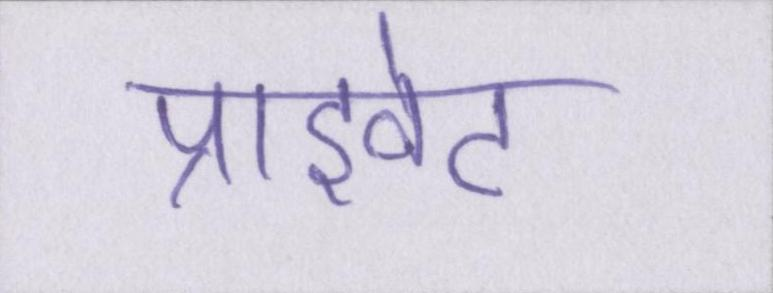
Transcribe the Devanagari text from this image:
प्राइवेट